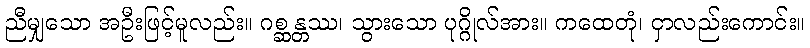
ညီမျှသော အဦးဖြင့်မူလည်း။ ဂစ္ဆန္တဿ၊ သွားသော ပုဂ္ဂိုလ်အား။ ကထေတုံ၊ ငှာလည်းကောင်း။